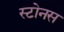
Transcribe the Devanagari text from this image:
स्टोनस